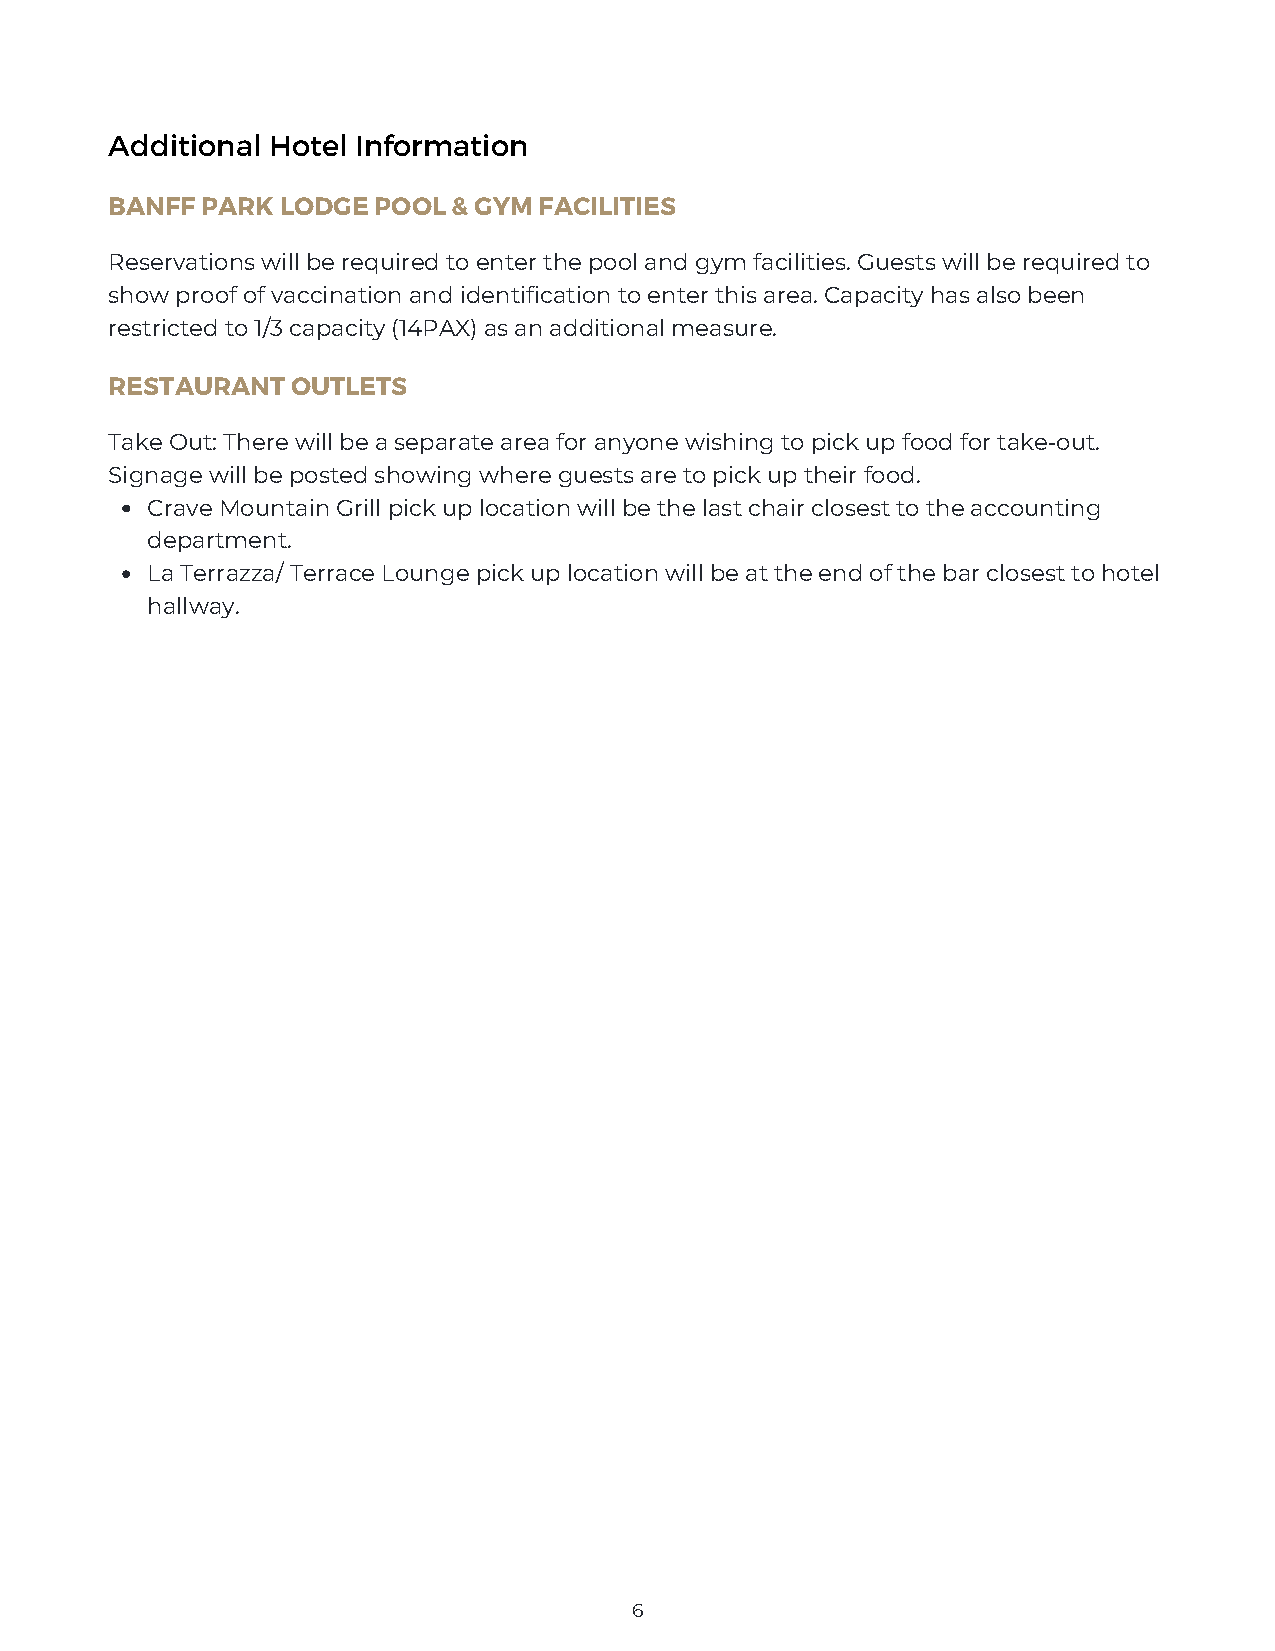
Additional Hotel Information
 BANFF PARK  LODGE POOL & GYM FACILITIES
 Reservations will be required to enter the pool and gym facilities. Guests will be required to
 show proof of vaccination and identification to enter this area. Capacity has also been
 restricted to 1/3 capacity (14PAX) as an additional measure.
 RESTAURANT  OUTLETS
 Take Out: There will be a separate area for anyone wishing to pick up food for take-out.
 Signage will be posted showing where guests are to pick up their food.
 Crave Mountain Grill pick up location will be the last chair closest to the accounting
 department.
 La Terrazza/ Terrace Lounge pick up location will be at the end of the bar closest to hotel
 hallway.
 6